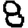
Digit: 8